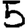
Digit: 5